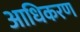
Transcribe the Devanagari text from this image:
आधिकरण